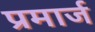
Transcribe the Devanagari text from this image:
प्रमार्ज